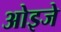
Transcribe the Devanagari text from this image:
ओइजे